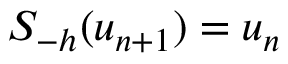
S _ { - h } ( u _ { n + 1 } ) = u _ { n }